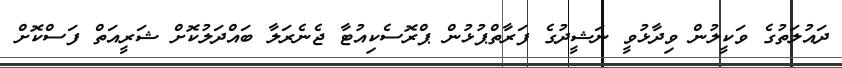
ދައުލަތުގެ ވަކީލުން ވިދާޅުވީ ނަޝީދުގެ ފަރާތްޕުޅުން ޕްރޮސެކިއުޓާ ޖެނެރަލާ ބައްދަލުކޮށް ޝަރީއަތް ފަސްކޮށް